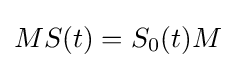
MS(t)=S_{0}(t)M